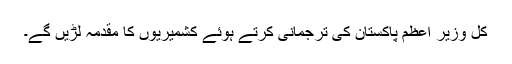
کل وزیر اعظم پاکستان کی ترجمانی کرتے ہوئے کشمیریوں کا مقدمہ لڑیں گے۔